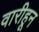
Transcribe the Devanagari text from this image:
वारीहून